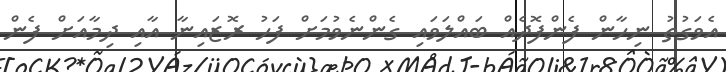
އެވަގުތު ނިހާން ފެންފޮދެއް ބައްލަވައި ގެންނެވުމަށް ފަހު ރޮޒައިނާ އާއި ދިމާއަށް ފެން